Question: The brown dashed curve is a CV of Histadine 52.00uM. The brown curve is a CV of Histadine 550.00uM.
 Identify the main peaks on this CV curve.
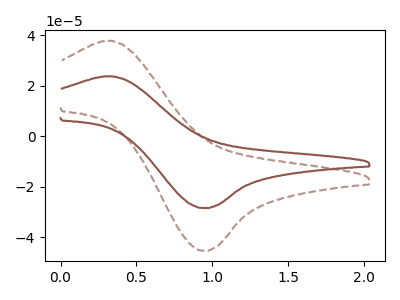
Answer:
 <answer>The brown dashed curve "Histadine 52.00uM" has an anodic peak at (0.35V, 37.75uA) and a cathodic peak at (0.95V, -45.35uA). The brown curve "Histadine 550.00uM" has an anodic peak at (0.35V, 23.70uA) and a cathodic peak at (0.95V, -28.45uA).</answer>
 <eval></eval>